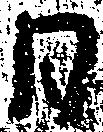
日